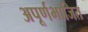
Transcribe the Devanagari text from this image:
अपूर्णभाजित